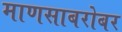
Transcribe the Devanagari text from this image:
माणसाबरोबर